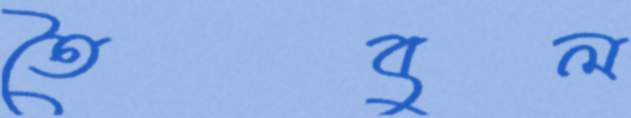
তৈবুল